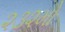
૨૩૨મો